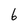
Character: 6